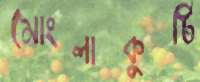
মোংলাকুটি